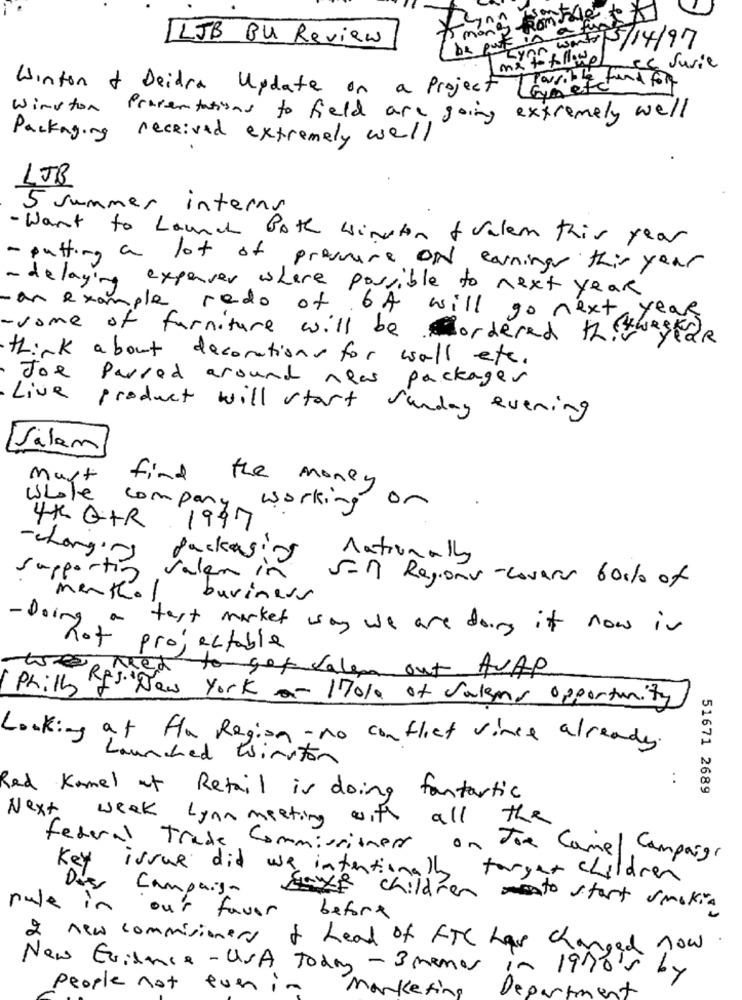
LJB BU Review
mong o ato
wat15/14/97
be put your
me to followe
cc surie
Possible fund for
Winton & Deidra Update on a Project Livet
Winston Presentations to field are going extremely well
Packaging received extremely well
LJB
5 summer interns
· Want to Launch Both winston &valem this year
- putting a lot of pressure ON earnings this year
- delaying
no expenser where possible to next year
- an example redo of 64 will go next year
-some of furniture will be ordered thiruestar
think about decorations for wall etc.
Joe Parsed around neas packager
Live product will start sunday evening
Salam
Mart
find
Whole
company
the money or
working
4X QTR 1997
-changing
Jackasis
nationally
Supporting
valen in
5-M Regionu-Lavare 60% of
menthol
business
-Doing
test market way we are doing it now is
Rot projectable
to get valen out AVAP
potier york- 170% of salems opportunity
Looking at Hla Region - no conflict vince already.
unched Winston
..
51671 2689
Red Kamel of Retail is doing fantastic
Next week Lynn meeting with all the
Federal Trade Commissioner
on Joe Camel Campaign
Key issue did we intentionally target children
Campaign
Eaye children to start smokin
rule in our favor before
I new commisioners of head of FTC has changed now
New Evidence - USA Today - 3 menos in 1970's by
People not
Marketing
Department